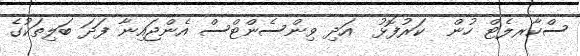
ސްކާރލެޓް ހުން  ކަރުފޮޅު  އަދި ވިންސެންޓްސް އެންޖައިނާ ފަދަ ބަލިތަކުގެ